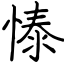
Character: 㥭